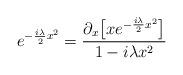
LaTeX: \begin{align*}e^{-\frac{i\lambda}{2} x^2} = \frac{\partial_x\bigl[xe^{-\frac{i\lambda}{2}x^2}\bigr]}{1-i\lambda x^2}\end{align*}